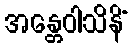
အန္တေဝါသိနိံ